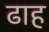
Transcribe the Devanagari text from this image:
ढाह